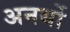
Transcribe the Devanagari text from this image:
अनर्थो